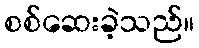
စစ်ဆေးခဲ့သည်။